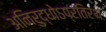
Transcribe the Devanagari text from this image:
अनिरुद्धोऽप्रतिरथः